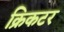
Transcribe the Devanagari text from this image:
क्रिकटर